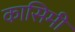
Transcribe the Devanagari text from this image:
कासिमी